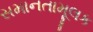
સમાનતામૂલક